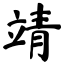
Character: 靖